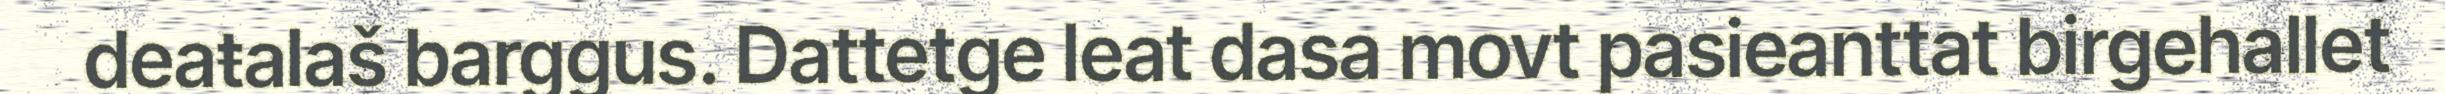
deaŧalaš barggus. Dattetge leat dasa movt pasieanttat birgehallet